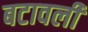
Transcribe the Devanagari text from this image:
बटावली